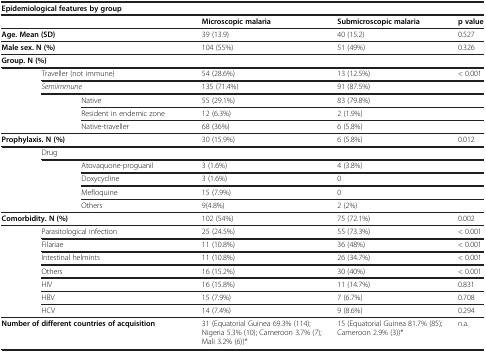
<table><thead><tr><td><b>Epidemiological features by group</b></td><td><b> </b></td><td><b> </b></td><td><b> </b></td><td><b> </b></td><td><b> </b></td></tr><tr><td><b> </b></td><td><b>Microscopic malaria</b></td><td><b>Submicroscopic malaria</b></td><td><b>p value</b></td><td><b> </b></td><td><b> </b></td></tr></thead><tbody><tr><td><b>Age. Mean (SD)</b></td><td>39 (13.9)</td><td>40 (15.2)</td><td>0.527</td><td> </td><td> </td></tr><tr><td><b>Male sex. N (%)</b></td><td>104 (55%)</td><td>51 (49%)</td><td>0.326</td><td> </td><td> </td></tr><tr><td><b>Group. N (%)</b></td><td> </td><td> </td><td> </td><td> </td><td> </td></tr><tr><td rowspan="5"> </td><td>Traveller (not immune)</td><td>54 (28.6%)</td><td>13 (12.5%)</td><td>&lt; 0.001</td><td> </td></tr><tr><td><i>Semiimmune</i></td><td>135 (71.4%)</td><td>91 (87.5%)</td><td> </td><td> </td></tr><tr><td> </td><td>Native</td><td>55 (29.1%)</td><td>83 (79.8%)</td><td> </td></tr><tr><td>Resident in endemic zone</td><td>12 (6.3%)</td><td>2 (1.9%)</td><td> </td><td> </td></tr><tr><td>Native-traveller</td><td>68 (36%)</td><td>6 (5.8%)</td><td> </td><td> </td></tr><tr><td><b>Prophylaxis. N (%)</b></td><td>30 (15.9%)</td><td>6 (5.8%)</td><td>0.012</td><td> </td><td> </td></tr><tr><td rowspan="5"> </td><td>Drug</td><td> </td><td> </td><td> </td><td> </td></tr><tr><td rowspan="4"> </td><td>Atovaquone-proguanil</td><td>3 (1.6%)</td><td>4 (3.8%)</td><td> </td></tr><tr><td>Doxycycline</td><td>3 (1.6%)</td><td>0</td><td> </td></tr><tr><td>Mefloquine</td><td>15 (7.9%)</td><td>0</td><td> </td></tr><tr><td>Others</td><td>9(4.8%)</td><td>2 (2%)</td><td> </td></tr><tr><td><b>Comorbidity. N (%)</b></td><td>102 (54%)</td><td>75 (72.1%)</td><td>0.002</td><td> </td><td> </td></tr><tr><td rowspan="7"> </td><td>Parasitological infection</td><td>25 (24.5%)</td><td>55 (73.3%)</td><td>&lt; 0.001</td><td> </td></tr><tr><td>Filariae</td><td>11 (10.8%)</td><td>36 (48%)</td><td>&lt; 0.001</td><td> </td></tr><tr><td>Intestinal helmints</td><td>11 (10.8%)</td><td>26 (34.7%)</td><td>&lt; 0.001</td><td> </td></tr><tr><td>Others</td><td>16 (15.2%)</td><td>30 (40%)</td><td>&lt; 0.001</td><td> </td></tr><tr><td>HIV</td><td>16 (15.8%)</td><td>11 (14.7%)</td><td>0.831</td><td> </td></tr><tr><td>HBV</td><td>15 (7.9%)</td><td>7 (6.7%)</td><td>0.708</td><td> </td></tr><tr><td>HCV</td><td>14 (7.4%)</td><td>9 (8.6%)</td><td>0.294</td><td> </td></tr><tr><td><b>Number of different countries of acquisition</b></td><td>31 (Equatorial Guinea 69.3% (114); Nigeria 5.3% (10); Cameroon 3.7% (7); Mali 3.2% (6))*</td><td>15 (Equatorial Guinea 81.7% (85); Cameroon 2.9% (3))*</td><td>n.a.</td><td> </td><td> </td></tr></tbody></table>